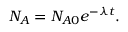
N _ { A } = N _ { A 0 } e ^ { - \lambda t } .